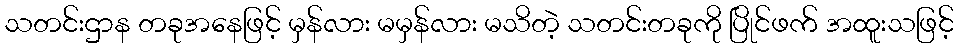
သတင်းဌာန တခုအနေဖြင့် မှန်လား မမှန်လား မသိတဲ့ သတင်းတခုကို ပြိုင်ဖက် အထူးသဖြင့်